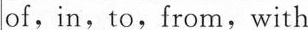
of,in,to,from,with